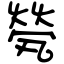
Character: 煢